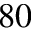
^ { 8 0 }